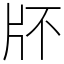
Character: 𤖯